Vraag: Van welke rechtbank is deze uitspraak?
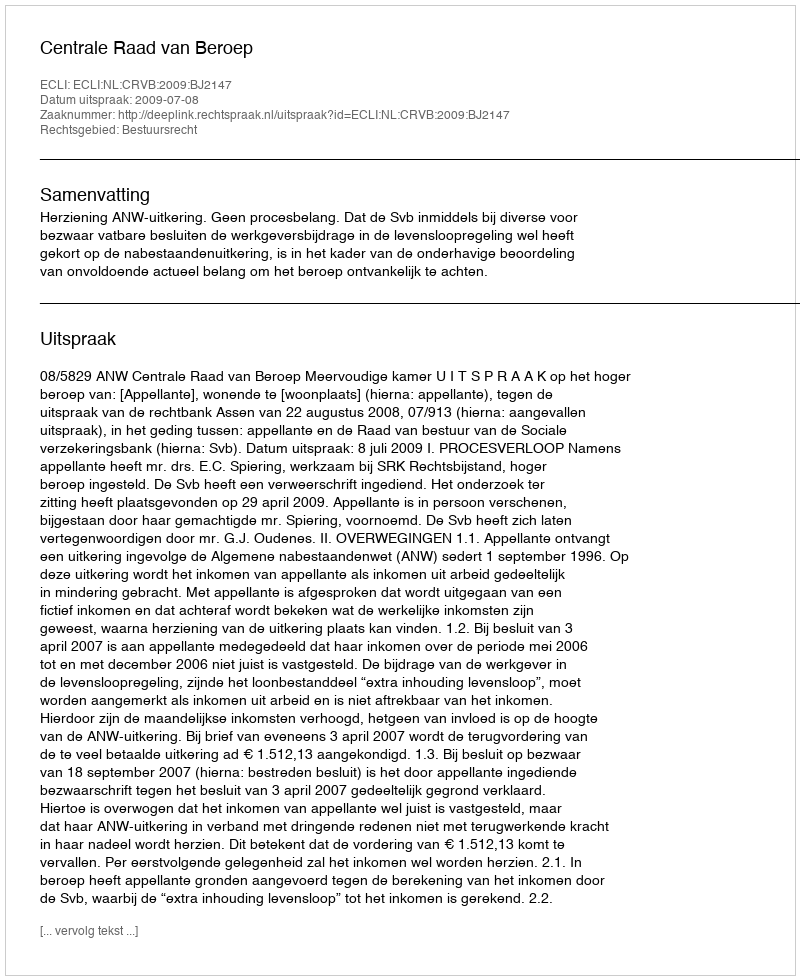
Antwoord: Centrale Raad van Beroep